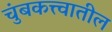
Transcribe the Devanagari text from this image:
चुंबकत्त्वातील